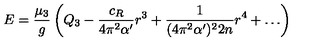
E = \frac { \mu _ { 3 } } { g } \left( Q _ { 3 } - \frac { c _ { R } } { 4 \pi ^ { 2 } \alpha ^ { \prime } } r ^ { 3 } + \frac { 1 } { ( 4 \pi ^ { 2 } \alpha ^ { \prime } ) ^ { 2 } 2 n } r ^ { 4 } + \ldots \right)